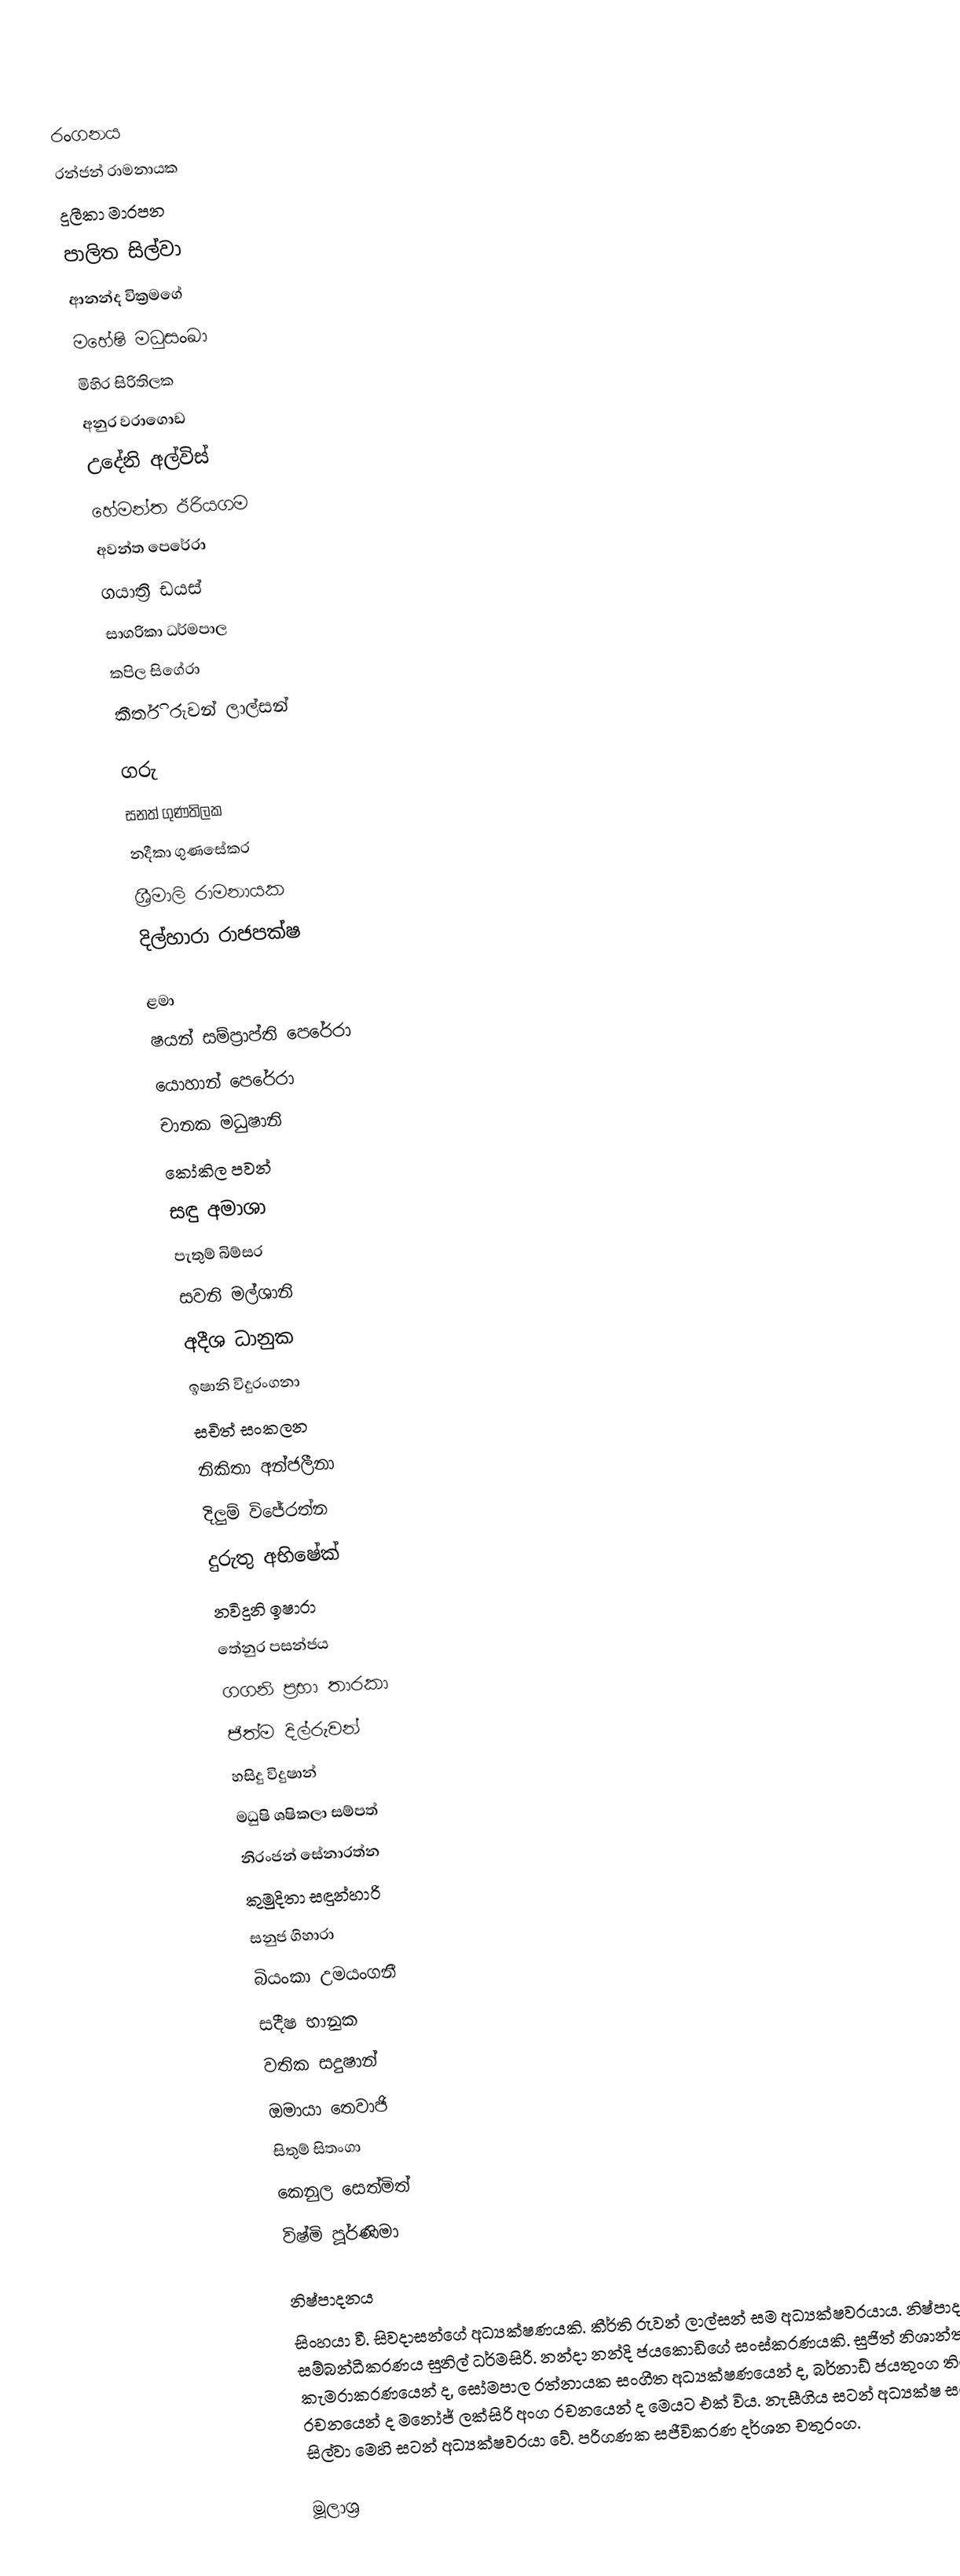

රංගනය
රන්ජන් රාමනායක
දුලීකා මාරපන
පාලිත සිල්වා
ආනන්ද වික්‍රමගේ
මහේෂි මධුසංඛා
මිහිර සිරිතිලක
අනුර වරාගොඩ
උදේනි අල්විස්
හේමන්ත ඊරියගම
අවන්ත පෙරේරා
ගයාත්‍රි ඩයස්
සාගරිකා ධර්මපාල
කපිල සිගේරා
කීර්ති රුවන් ලාල්සන්

ගරු
සනත් ගුණතිලක
නදීකා ගුණසේකර
ශ්‍රීමාලි රාමනායක
දිල්හාරා රාජපක්ෂ

ළමා
ෂයන් සම්ප්‍රාප්ති පෙරේරා
යොහාන් පෙරේරා
චානක මධුෂානි
කෝකිල පවන්
සඳු අමාශා
පැතුම් බිම්සර
සවනි මල්ශානි
අදීශ ධානුක
ඉෂානි විදුරංගනා
සචිත් සංකලන
නිකිතා අන්ජලීනා
දිලුම් විජේරත්න
දුරුතු අභිෂේක්
නවිදුනි ඉෂාරා
තේනුර පසන්ජය
ගගනි ප්‍රභා තාරකා
ජිත්ම දිල්රුවන්
හසිදු විදුෂාන්
මධුෂි ශෂිකලා සම්පත්
නිරංජන් සේනාරත්න
කුමුදිතා සඳුන්හාරි
සනුජ ගිහාරා
බියංකා උමයංගනී
සදීෂ භානුක
වතික සදුෂාන්
ඔමායා තෙවාජි
සිතුම් සිතංගා
කෙනුල සෙත්මිත්
විෂ්මි පූර්ණිමා

නිෂ්පාදනය
සිංහයා වී. සිවදාසන්ගේ අධ්‍යක්ෂණයකි. කීර්ති රුවන් ලාල්සන් සම අධ්‍යක්ෂවරයාය. නිෂ්පාදන සම්බන්ධීකරණය සුනිල් ධර්මසිරි. නන්දා නන්දි ජයකොඩිගේ සංස්කරණයකි. සුජිත් නිශාන්ත කැමරාකරණයෙන් ද, සෝමපාල රත්නායක සංගීත අධ්‍යක්ෂණයෙන් ද, බර්නාඩ් ජයතුංග තිර රචනයෙන් ද මනෝජ් ලක්සිරි අංග රචනයෙන් ද මෙයට එක් විය. නැසීගිය සටන් අධ්‍යක්ෂ සරත් සිල්වා මෙහි සටන් අධ්‍යක්ෂවරයා වේ. පරිගණක සජීවිකරණ දර්ශන චතුරංග.

මූලාශ්‍ර